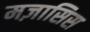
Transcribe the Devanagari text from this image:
मज़ासिस